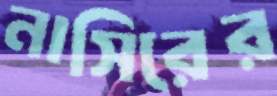
নাসিরের